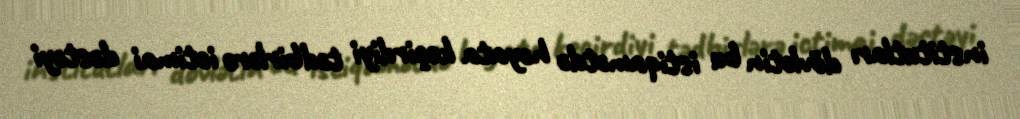
institutları dövlətin bu istiqamətdə həyata keçirdiyi tədbirlərə ictimai dəstəyi